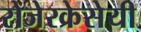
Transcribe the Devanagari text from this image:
रोजेरक्रेसेयी